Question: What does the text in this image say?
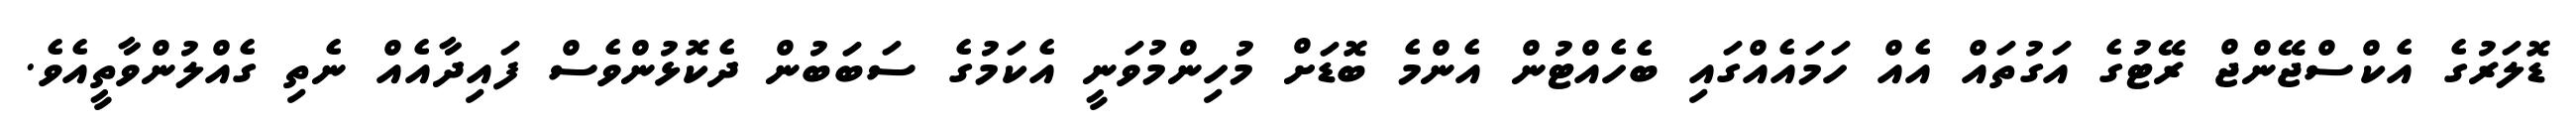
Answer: ޑޮލަރުގެ އެކްސްޖޭންޖް ރޭޓުގެ އަގުތައް އެއް ހަމައެއްގައި ބެހެއްޓުން އެންމެ ބޮޑަށް މުހިންމުވަނީ އެކަމުގެ ސަބަބުން ދެކޮޅުންވެސް ފައިދާއެއް ނެތި ގެއްލުންވާތީއެވެ.